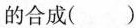
的合成（）